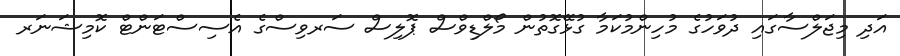
އަދި މިޖަލްސާގައި ދުވަހުގެ މުހިންމުކަމާ ގުޅޭގޮތުން މޯލްޑިވްސް ޕޮލިސް ސަރވިސްގެ އެސިސްޓަންޓް ކޮމިޝަނަރ